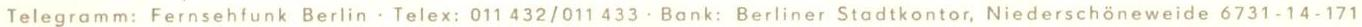
Telegramm: Fernsehfunk Berlin . Telex: 011 432/011 433. Bank: Berliner Stadtkontor, Niederschöneweide 6731.14.171